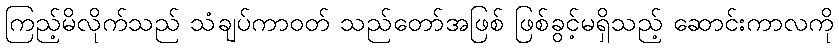
ကြည့်မိလိုက်သည် သံချပ်ကာဝတ် သည်တော်အဖြစ် ဖြစ်ခွင့်မရှိသည့် ဆောင်းကာလကို